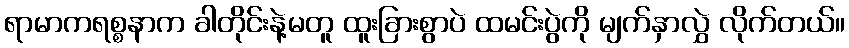
ရာမာကရစ္စနာက ခါတိုင်းနဲ့မတူ ထူးခြားစွာပဲ ထမင်းပွဲကို မျက်နှာလွှဲ လိုက်တယ်။